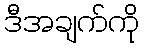
ဒီအချက်ကို